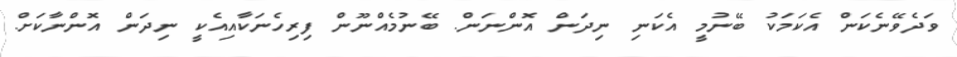
ވަދެވޭނެކަން އެކަމަކު ބޭނުމީ އެކަނި ނިދަން އޮންނަން. ބޭނުމެއްނޫން ފިރިހެނަކާއިއެކީ ނިދަން އޮންނާކަށް.